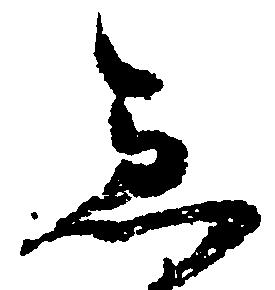
急